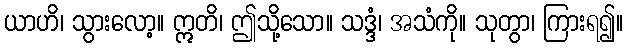
ယာဟိ၊ သွားလော့။ ဣတိ၊ ဤသို့သော။ သဒ္ဒံ၊ အသံကို။ သုတွာ၊ ကြားရ၍။